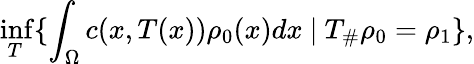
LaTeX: \operatorname*{inf}_{T}\{ \int_{\Omega}c(x,T(x))\rho_{0}(x)dx\ |\ T_{\# }\rho_{0}=\rho_{1}\} ,